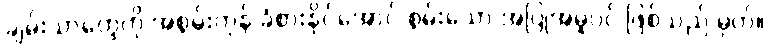
ချမ်းသာတွေကို အစွမ်းကုန် ခံစားနိုင်အောင် စွမ်းသော အပြုအမူပင် ဖြစ်သည် မှတ်။